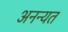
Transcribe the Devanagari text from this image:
अनन्यत